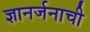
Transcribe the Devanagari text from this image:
ज्ञानर्जनाची